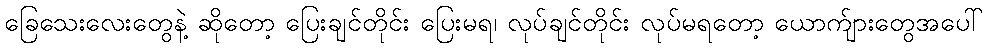
ခြေသေးလေးတွေနဲ့ ဆိုတော့ ပြေးချင်တိုင်း ပြေးမရ၊ လုပ်ချင်တိုင်း လုပ်မရတော့ ယောက်ျားတွေအပေါ်